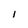
Character: I